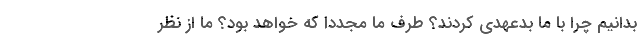
بدانیم چرا با ما بدعهدی کردند؟ طرف ما مجددا که خواهد بود؟ ما از نظر